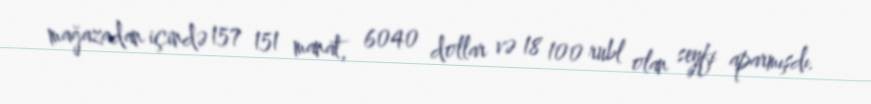
mağazadan içində 157 151 manat, 6040 dollar və 18 100 rubl olan seyfi aparmışdı.